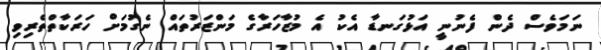
ނަމަވެސް ދެން ފެނުނީ އަޅުގަނޑާ އެކު އެ މުޒާހަރާގެ މަންޒަރުތައް ނެގުމަށް ހަރަކާތްތެރިވި